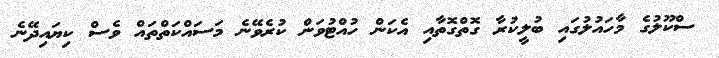
ސްކޫލުގެ މާހައުލުގައި ބުލީކުރާ ގޮތްގޮތާއި އެކަން ހުއްޓުވަން ކުރެވޭނެ މަސައްކަތްތައް ވެސް ކިޔައިދޭނެ